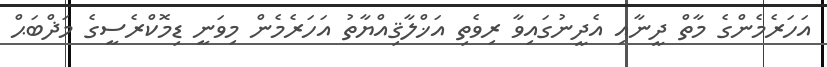
އަހަރެމެންގެ މާތް ދީނާއި އެދީނުގައިވާ ރިވެތި އަޚްލާޤިއްޔާތު އަހަރެމެން މިވަނީ ޑިމޮކްރެސީގެ މަޛްބަޙް